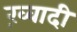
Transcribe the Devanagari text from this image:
ख़्वादी